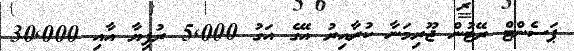
ޕަސެންޓް ރޭޓުން ޖޫރިމަނާ ކުރާއިރު އޭގެ އަގު 5